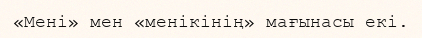
«Мені» мен «менікінің» мағынасы екі.